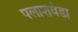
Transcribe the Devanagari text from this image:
पलाशवंडा